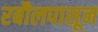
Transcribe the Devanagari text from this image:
रबौलपासून